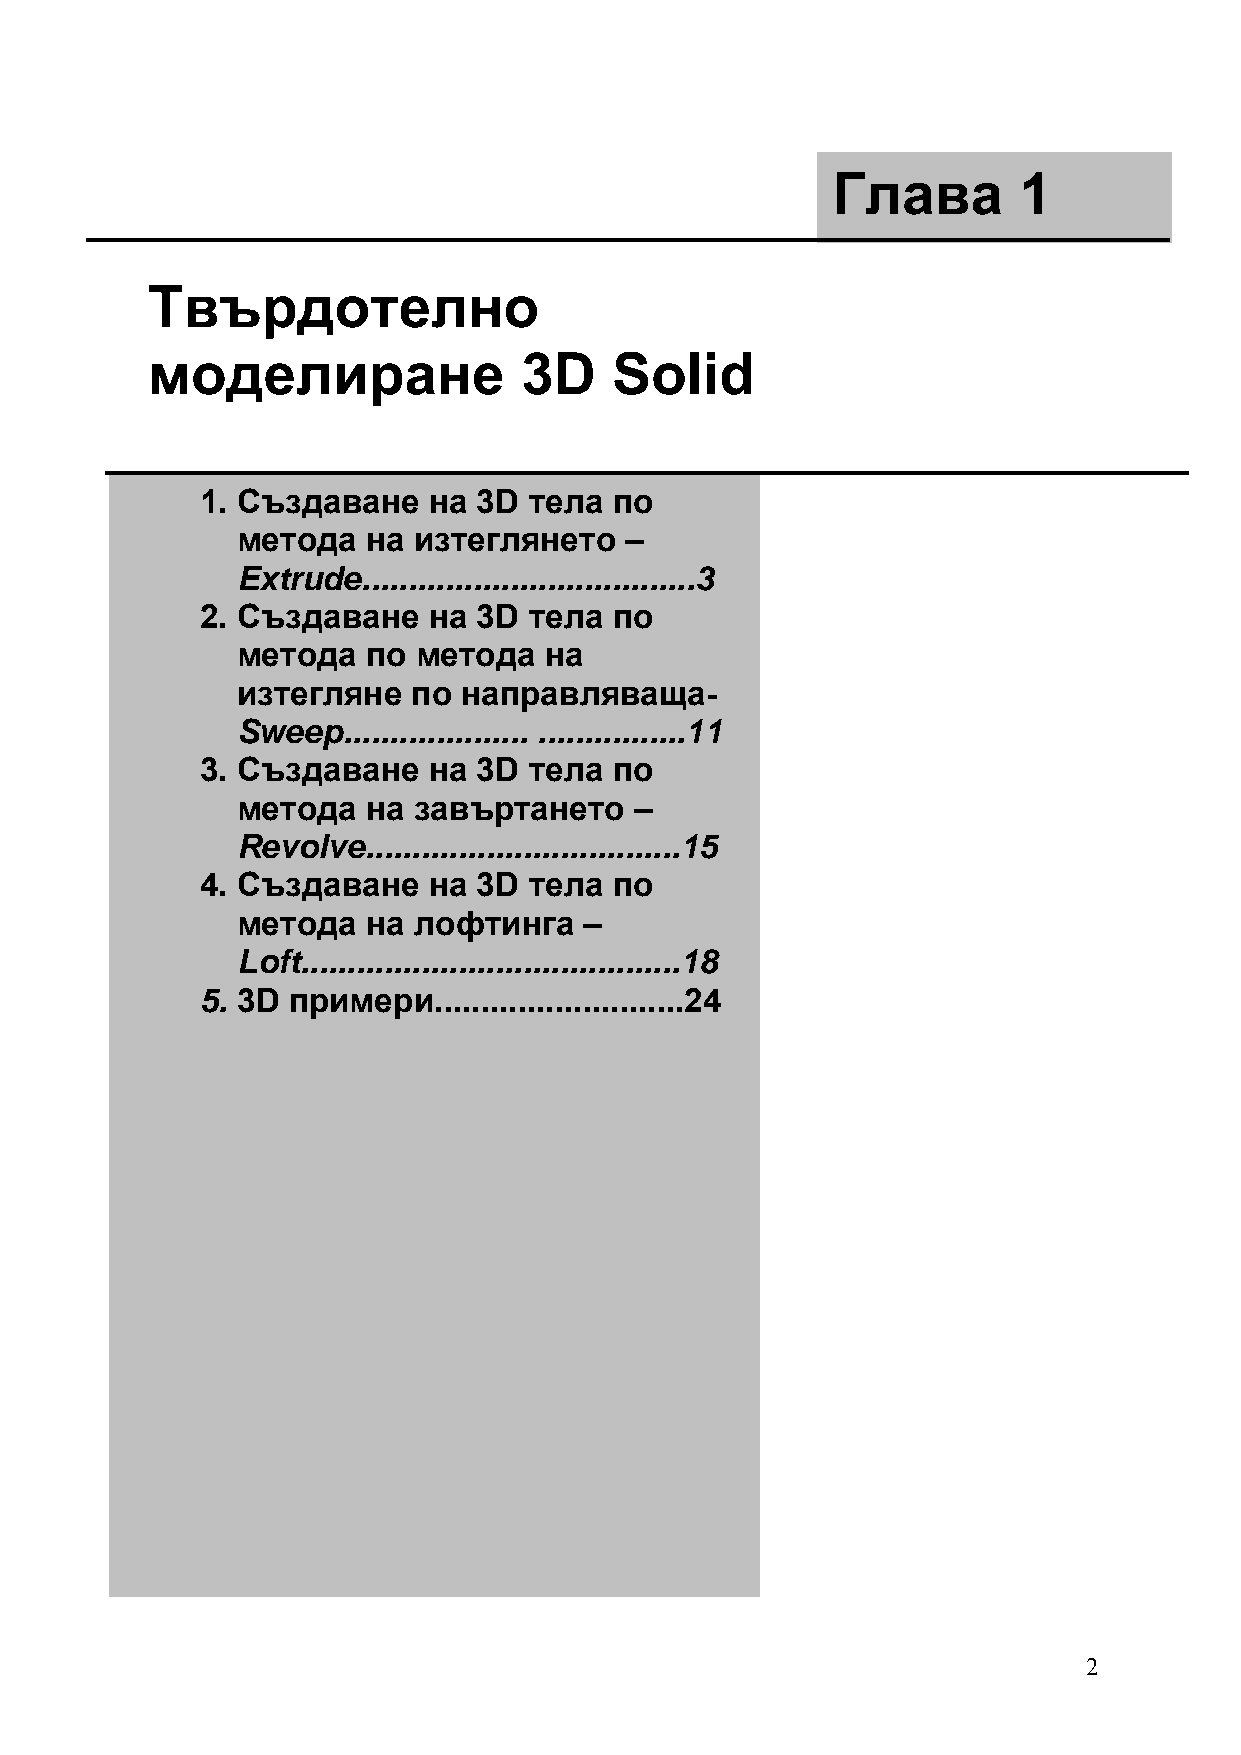
Глава       1
 Твърдотелно
 моделиране              3D    Solid
 1. Създаване   на  3D тела  по
 метода  на изтеглянето   –
 Extrude....................................3
 2. Създаване   на  3D тела  по
 метода  по  метода  на
 изтегляне  по  направляваща-
 Sweep.................... ................11
 3. Създаване   на  3D тела  по
 метода  на завъртането    –
 Revolve..................................15
 4. Създаване   на  3D тела  по
 метода  на лофтинга    –
 Loft.........................................18
 5. 3D примери...................... .....24
 2